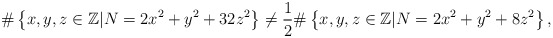
\begin{align*}\# \left\{ x,y,z \in \mathbb{Z} \vert N =2x^{2}+y^{2}+32z^2 \right\} \ne\frac{1}{2} \# \left\{ x,y,z \in \mathbb{Z} \vert N=2x^{2}+y^{2}+8z^2 \right\},\end{align*}